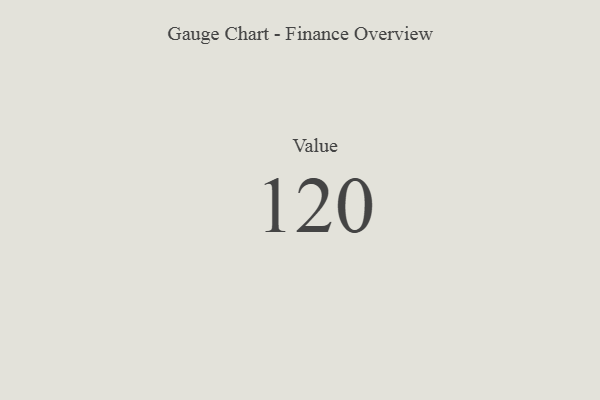
{"axis": {"x": "Metric", "y": "Value"}, "legend": [""], "data": [{"x": "Value", "y": 120, "type": ""}]}